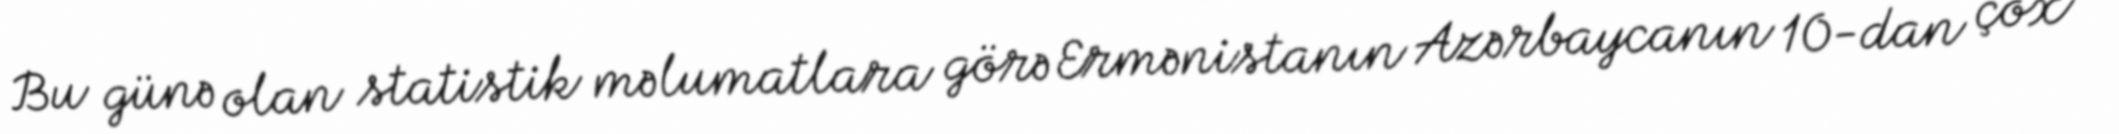
Bu günə olan statistik məlumatlara görə Ermənistanın Azərbaycanın 10-dan çox